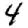
Digit: 4